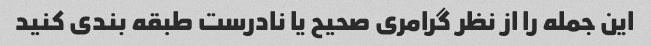
این جمله را از نظر گرامری صحیح یا نادرست طبقه بندی کنید